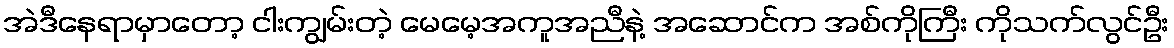
အဲဒီနေရာမှာတော့ ငါးကျွမ်းတဲ့ မေမေ့အကူအညီနဲ့ အဆောင်က အစ်ကိုကြီး ကိုသက်လွင်ဦး